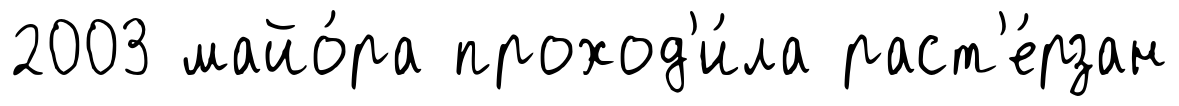
2003 майо́ра проход'и́ла раст'е́рзан